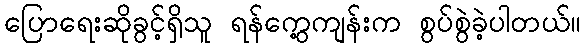
ပြောရေးဆိုခွင့်ရှိသူ ရန်ကွေ့ကျန်းက စွပ်စွဲခဲ့ပါတယ်။